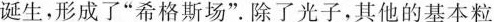
诞生，形成了”希格斯场”。除了光子，其他的基本粒